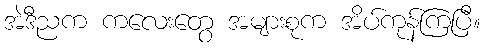
အဲဒီညက ကလေးတွေ အများစုက အိပ်ကုန်ကြပြီ။